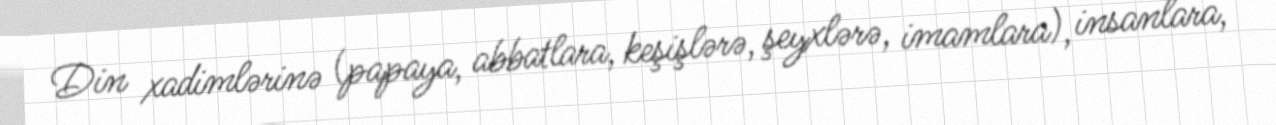
Din xadimlərinə (papaya, abbatlara, keşişlərə, şeyxlərə, imamlara), insanlara,